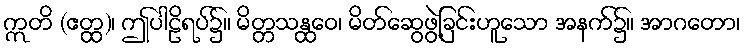
ဣတိ (ဧတ္ထ)၊ ဤပါဠိရပ်၌။ မိတ္တသန္ထဝေ၊ မိတ်ဆွေဖွဲ့ခြင်းဟူသော အနက်၌။ အာဂတော၊